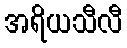
အရိယသီလီ